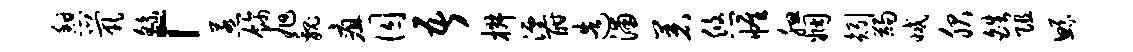
憩茕繇「惹饰旭魏疽囚吾椒湮酣造浦着悠帷腮姻矧蠲减服皓阻鲧